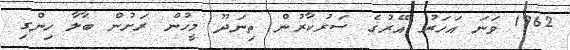
1962 ވަނަ އަހަރު އޭރުގެ ސަރުކާރުން ތިނަދޫ މީހުން ރަށުން ބާލާ ހިންގި